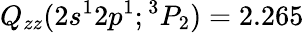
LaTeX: Q_{zz}(2s^{1}2p^{1};{^3P_{2}})=2.265